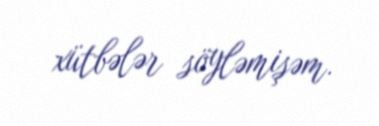
xütbələr söyləmişəm.